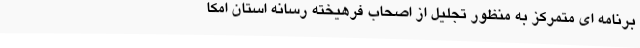
برنامه ای متمرکز به منظور تجلیل از اصحاب فرهیخته رسانه استان امکا